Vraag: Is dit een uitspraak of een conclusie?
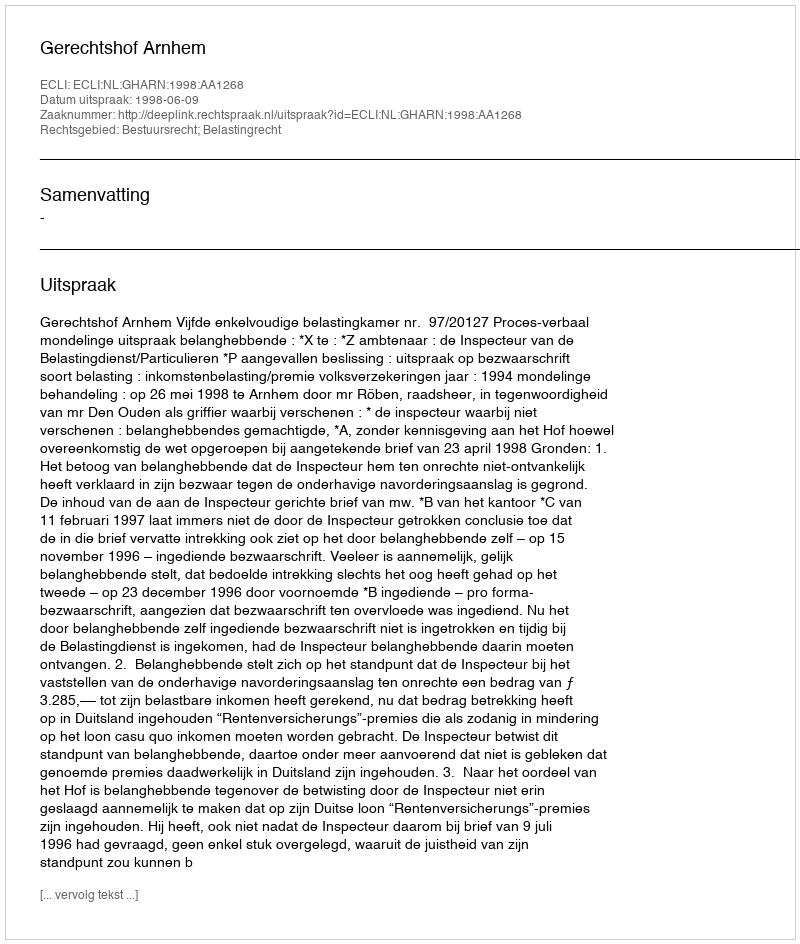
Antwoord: Uitspraak